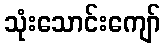
သုံးသောင်းကျော်